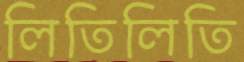
লিতিলিতি